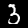
Digit: 3